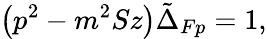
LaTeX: \left(p^{2}-m^{2}Sz\right)\tilde{\Delta}_{Fp}=1,